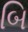
બિ